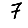
Digit: 7